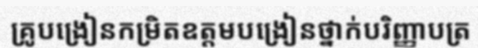
គ្រូបង្រៀនកម្រិតឧត្តមបង្រៀនថ្នាក់បរិញ្ញាបត្រ